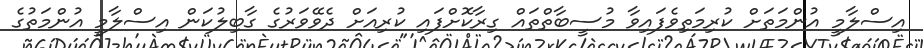
އިސްލާމީ އުންމަތަށް ކުރިމަތިވެފައިވާ މުސީބާތްތައް ގިރާކޮށްފައި ކުރިއަށް ދެވޭވަރުގެ ގާބިލުކަން އިސްލާމީ އުންމަތުގެ